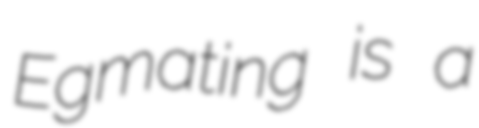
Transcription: Egmating is a